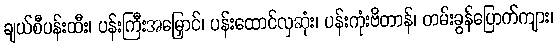
ချယ်စီပန်းထီး၊ ပန်းကြီးအမြှောင်၊ ပန်းထောင်လှဆုံး၊ ပန်းကုံးဗိတာန်၊ တမ်းခွန်ပြောက်ကျား၊